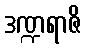
ဒဏ္ဍရာဇိ